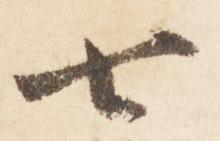
七